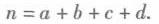
$$n = a + b + c + d$$.